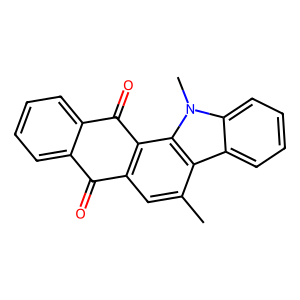
SMILES: Cc1cc2c(c3c1c1ccccc1n3C)C(=O)c1ccccc1C2=O
Inhibits HIV replication: No